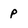
Character: p